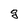
Character: g